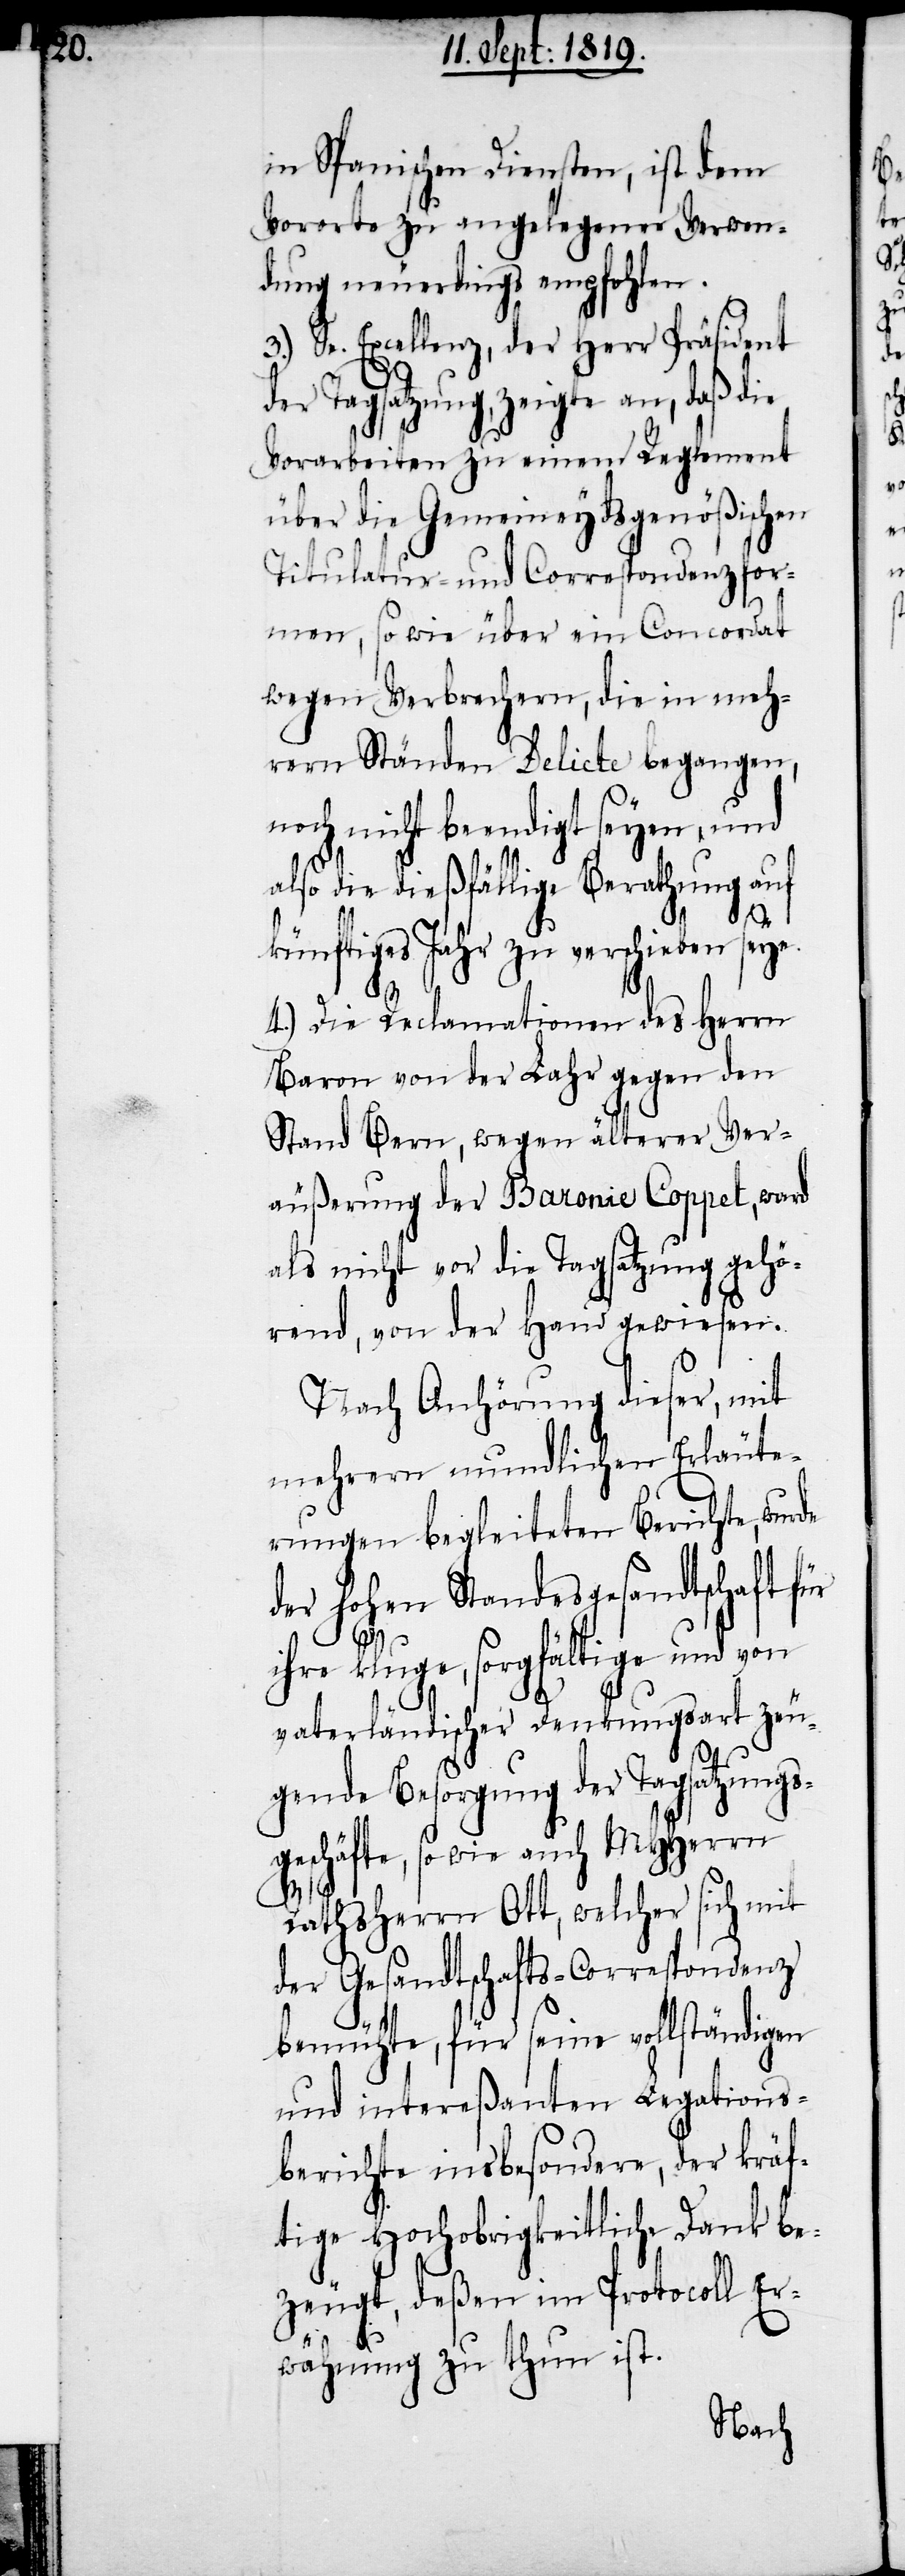
in Spanischen Diensten, ist dem
Vorort zu angelegener Verwen¬
dung neuerdings empfohlen.
Se. Excellenz, der Herr Präsident
der Tagsatzung, zeigte an, daß die
Vorarbeiten zu einem Reglement
über die Gemeineydsgenößischen
Titulatur- und Correspondenzfor¬
men, so wie über ein Concordat
wegen Verbrechern, die in meh¬
rern Ständen Delicte begangen,
noch nicht beendigt seyen, und
also die dießfällige Berathung auf
de
künftiges Jahr zu verschieben sey¬
4.) Die Reclamationen des Herrn
Baron von der Lahr gegen den
Stand Bern, wegen älterer Ver¬
äußerung der Baronie Coppet, ward
als nicht vor die Tagsatzung gehö¬
rend, von der Hand gewiesen.
Nach Anhörung dieser, mit
mehrern mundlichen Erläute¬
rungen begleiteten Berichte, wur¬
der hohen Standesgesandtschaft für
ihre kluge, sorgfältige und von
vaterländischer Denkungsart zeu¬
gende Besorgung der Tagsatzungs¬
geschäfte, so wie auch MHHerrn
Rathsherrn Ott, welcher sich mit
der Gesandtschafts-Correspondenz
bemühte, für seine vollständigen
und intereßanten Legations¬
berichte insbesondere, der kräf¬
tige Hochobrigkeitliche Dank be¬
zeugt, deßen im Protocoll Er¬
wähnung zu thun ist.